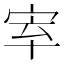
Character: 𡧵